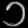
Digit: ၁